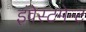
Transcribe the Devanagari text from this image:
इंवेस्टमेन्ट